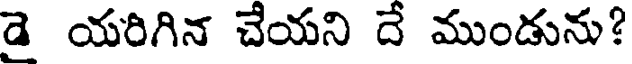
డై యరిగిన చేయని దే ముండును?